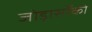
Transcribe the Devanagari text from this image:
जोड़ासाँको